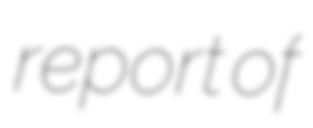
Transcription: report of